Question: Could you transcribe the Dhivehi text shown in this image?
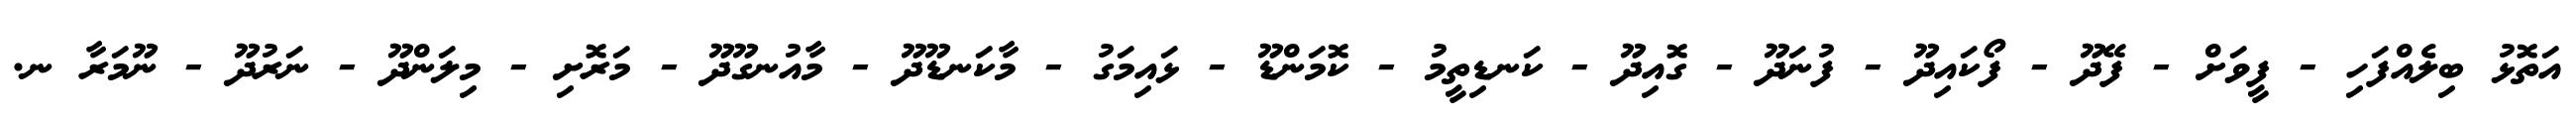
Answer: އަތޮޅު ބިލެއްފަހި - ފީވަށް - ފޭދޫ - ފޯކައިދޫ - ފުނަދޫ - ގޮއިދޫ - ކަނޑިތީމު - ކޮމަންޑޫ - ޅައިމަގު - މާކަނޑޫދޫ - މާއުނގޫދޫ - މަރޮށި - މިލަންދޫ - ނަރުދޫ - ނޫމަރާ ނ.